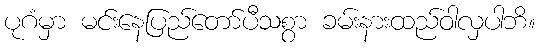
ပုဂံမှာ မင်းနေပြည်တော်ပီသစွာ ခမ်းနားထည်ဝါလှပါဘိ။